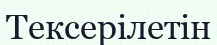
Тексерілетін